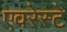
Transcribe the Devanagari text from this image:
एवरेस्‍टे